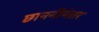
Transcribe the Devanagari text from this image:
छाननीनंतर